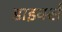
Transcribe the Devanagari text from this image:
डाइर्क्स